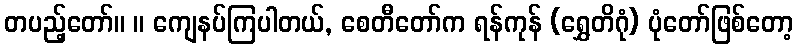
တပည့်တော်။ ။ ကျေနပ်ကြပါတယ်, စေတီတော်က ရန်ကုန် (ရွှေတိဂုံ) ပုံတော်ဖြစ်တော့